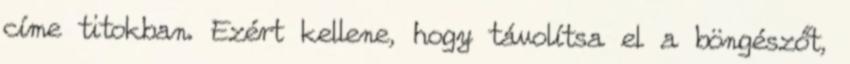
címe titokban. Ezért kellene, hogy távolítsa el a böngészőt,